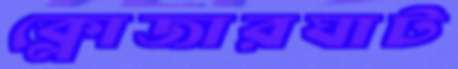
ক্লোজারঘাট